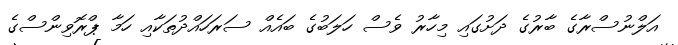
އަލްނުސްރާގެ ބާރުގެ ދަށުގައި މިހާރު ވެސް ހަލަބުގެ ބައެއް ސަރަހައްދުތަކާއި ހަމާ ޕްރޮވިންސްގެ